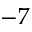
- 7